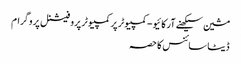
مشین سیکھنے آرکائیو - کمپیوٹر پر کمپیوٹر پروفیشنل پروگرام
ڈیٹا سائنس کا حصہ